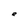
Character: e